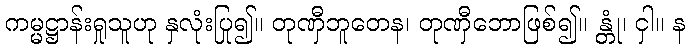
ကမ္မဋ္ဌာန်းရှုသူဟု နှလုံးပြု၍။ တုဏှီဘူတေန၊ တုဏှီဘောဖြစ်၍။ န္တုံ၊ ငှါ။ န